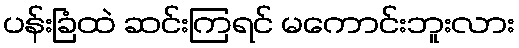
ပန်းခြံထဲ ဆင်းကြရင် မကောင်းဘူးလား